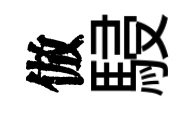
倣駸